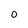
Character: O